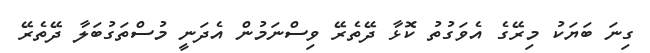
ގިނަ ބަޔަކު މިރޭގެ އެވަގުތު ކޮޅާ ދޭތެރޭ ވިސްނަމުން އެދަނީ މުސްތަގުބަލާ ދޭތެރޭ